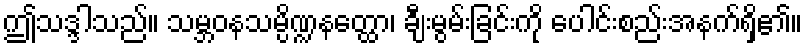
ဤသဒ္ဒါသည်။ သမ္ဘဝနသမ္ပိဏ္ဍနတ္ထော၊ ချီးမွမ်းခြင်းကို ပေါင်းစည်းအနက်ရှိ၏။